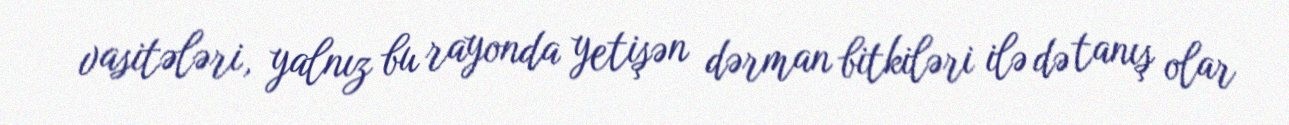
vasitələri, yalnız bu rayonda yetişən dərman bitkiləri ilə də tanış olar